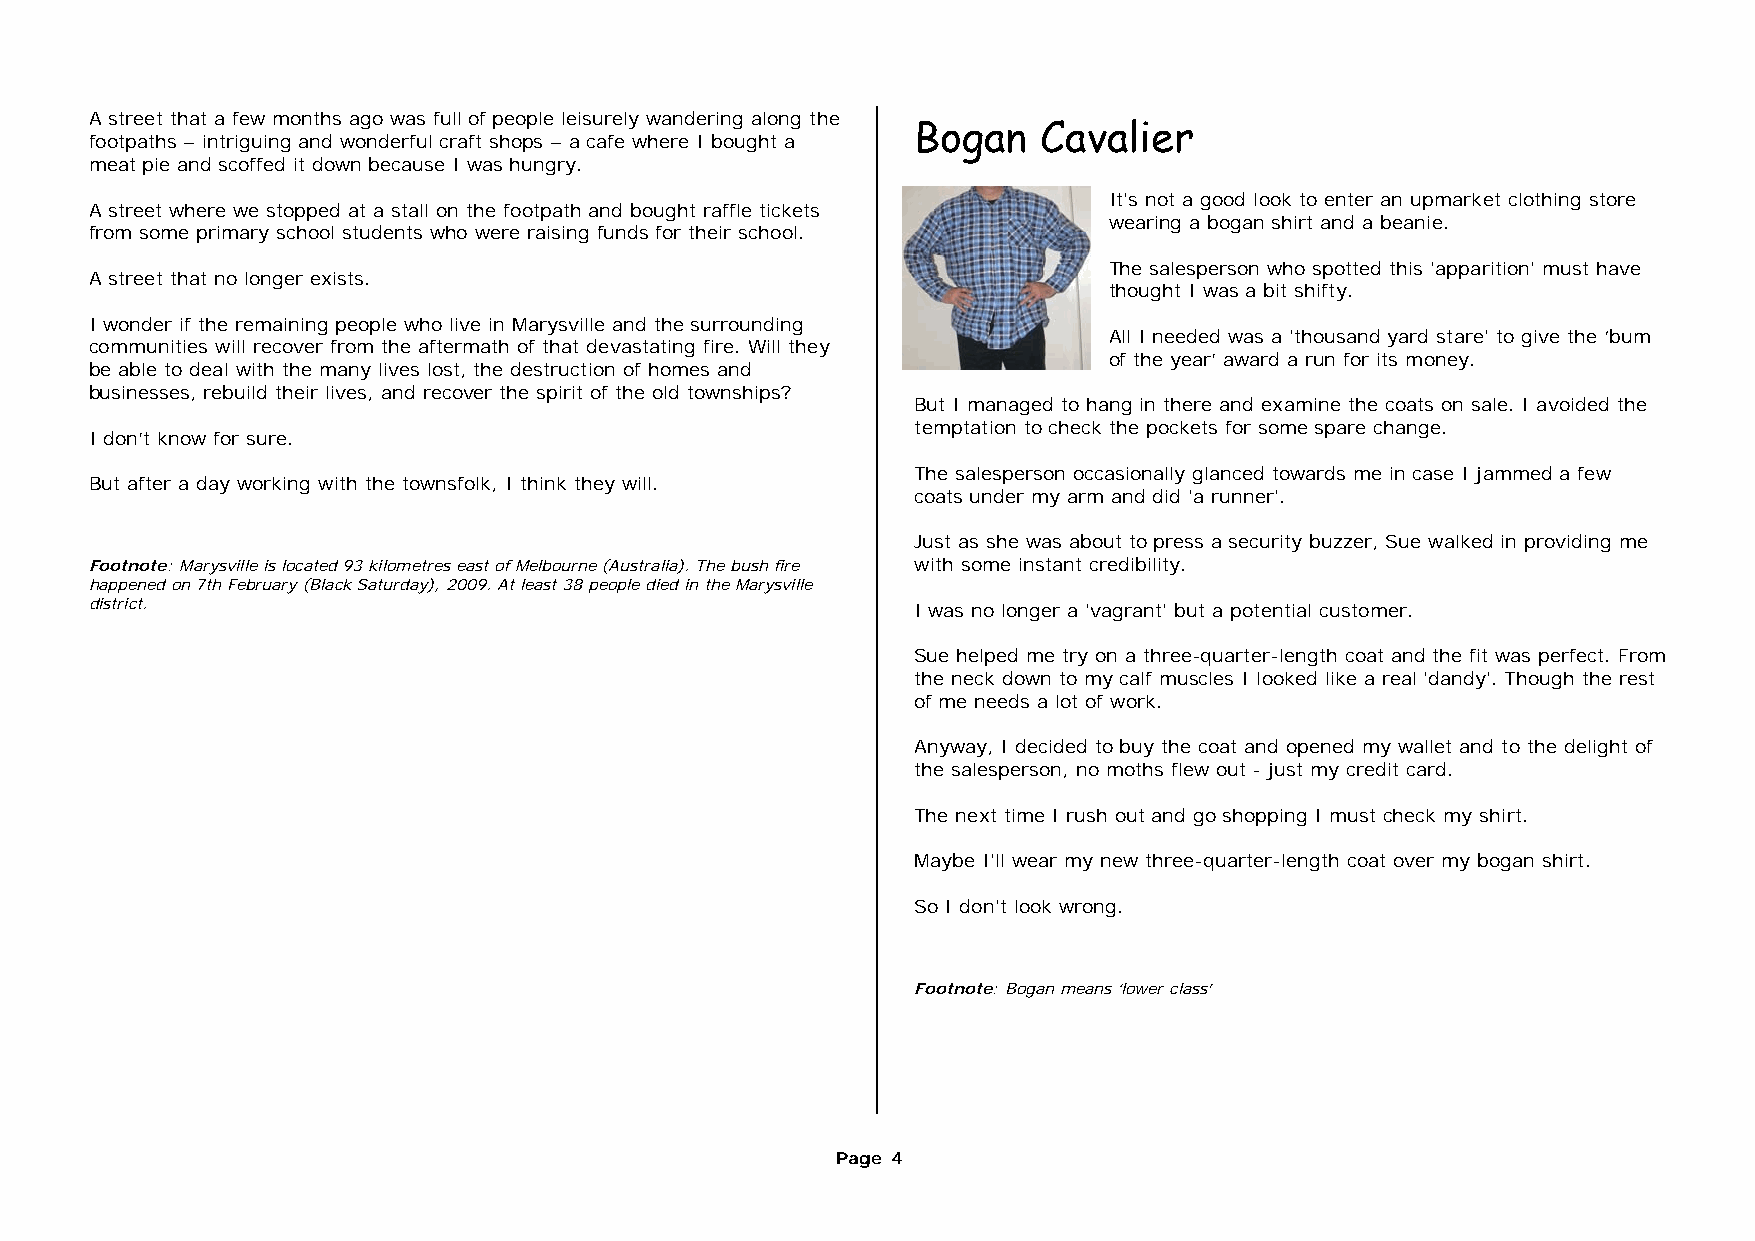
A street that a few months ago was full of people leisurely wandering along the
 Bogan   Cavalier
 footpaths – intriguing and wonderful craft shops – a cafe where I bought a
 meat pie and scoffed it down because I was hungry.
 It's not a good look to enter an upmarket clothing store
 A street where we stopped at a stall on the footpath and bought raffle tickets
 wearing a bogan shirt and a beanie.
 from some primary school students who were raising funds for their school.
 The salesperson who spotted this 'apparition' must have
 A street that no longer exists.
 thought I was a bit shifty.
 I wonder if the remaining people who live in Marysville and the surrounding
 All I needed was a 'thousand yard stare' to give the ‘bum
 communities will recover from the aftermath of that devastating fire. Will they
 of the year’ award a run for its money.
 be able to deal with the many lives lost, the destruction of homes and
 businesses, rebuild their lives, and recover the spirit of the old townships?
 But I managed to hang in there and examine the coats on sale. I avoided the
 temptation to check the pockets for some spare change.
 I don’t know for sure.
 The salesperson occasionally glanced towards me in case I jammed a few
 But after a day working with the townsfolk, I think they will.
 coats under my arm and did 'a runner'.
 Just as she was about to press a security buzzer, Sue walked in providing me
 Footnote: Marysville is located 93 kilometres east of Melbourne (Australia). The bush fire with some instant credibility.
 happened on 7th February (Black Saturday), 2009. At least 38 people died in the Marysville
 district.                                              I was no longer a 'vagrant' but a potential customer.
 Sue helped me try on a three-quarter-length coat and the fit was perfect. From
 the neck down to my calf muscles I looked like a real 'dandy'. Though the rest
 of me needs a lot of work.
 Anyway, I decided to buy the coat and opened my wallet and to the delight of
 the salesperson, no moths flew out - just my credit card.
 The next time I rush out and go shopping I must check my shirt.
 Maybe I'll wear my new three-quarter-length coat over my bogan shirt.
 So I don't look wrong.
 Footnote: Bogan means ‘lower class’
 Page 4